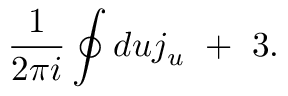
\frac { 1 } { 2 \pi i } \oint d u j _ { u } \ + \ 3 .